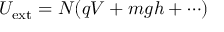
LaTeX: U _ { \mathrm { e x t } } = N ( q V + m g h + \cdots )